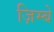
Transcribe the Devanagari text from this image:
ज़िम्बे